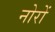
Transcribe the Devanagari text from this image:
नोरों